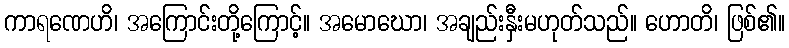
ကာရဏေဟိ၊ အကြောင်းတို့ကြောင့်။ အမောဃော၊ အချည်းနှီးမဟုတ်သည်။ ဟောတိ၊ ဖြစ်၏။